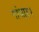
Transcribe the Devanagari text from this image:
गांधार।